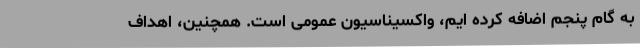
به گام پنجم اضافه کرده ایم، واکسیناسیون عمومی است. همچنین، اهداف